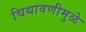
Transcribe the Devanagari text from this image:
चिथावणीमुळे